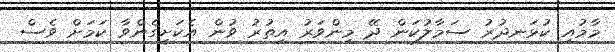
މާމުއި ކުޅަނދުރު ސަމާލުކަން ދޭ މިންވަރު އިތުރު ވުން އެކަށީގެންވާ ކަމަށް ވެސް